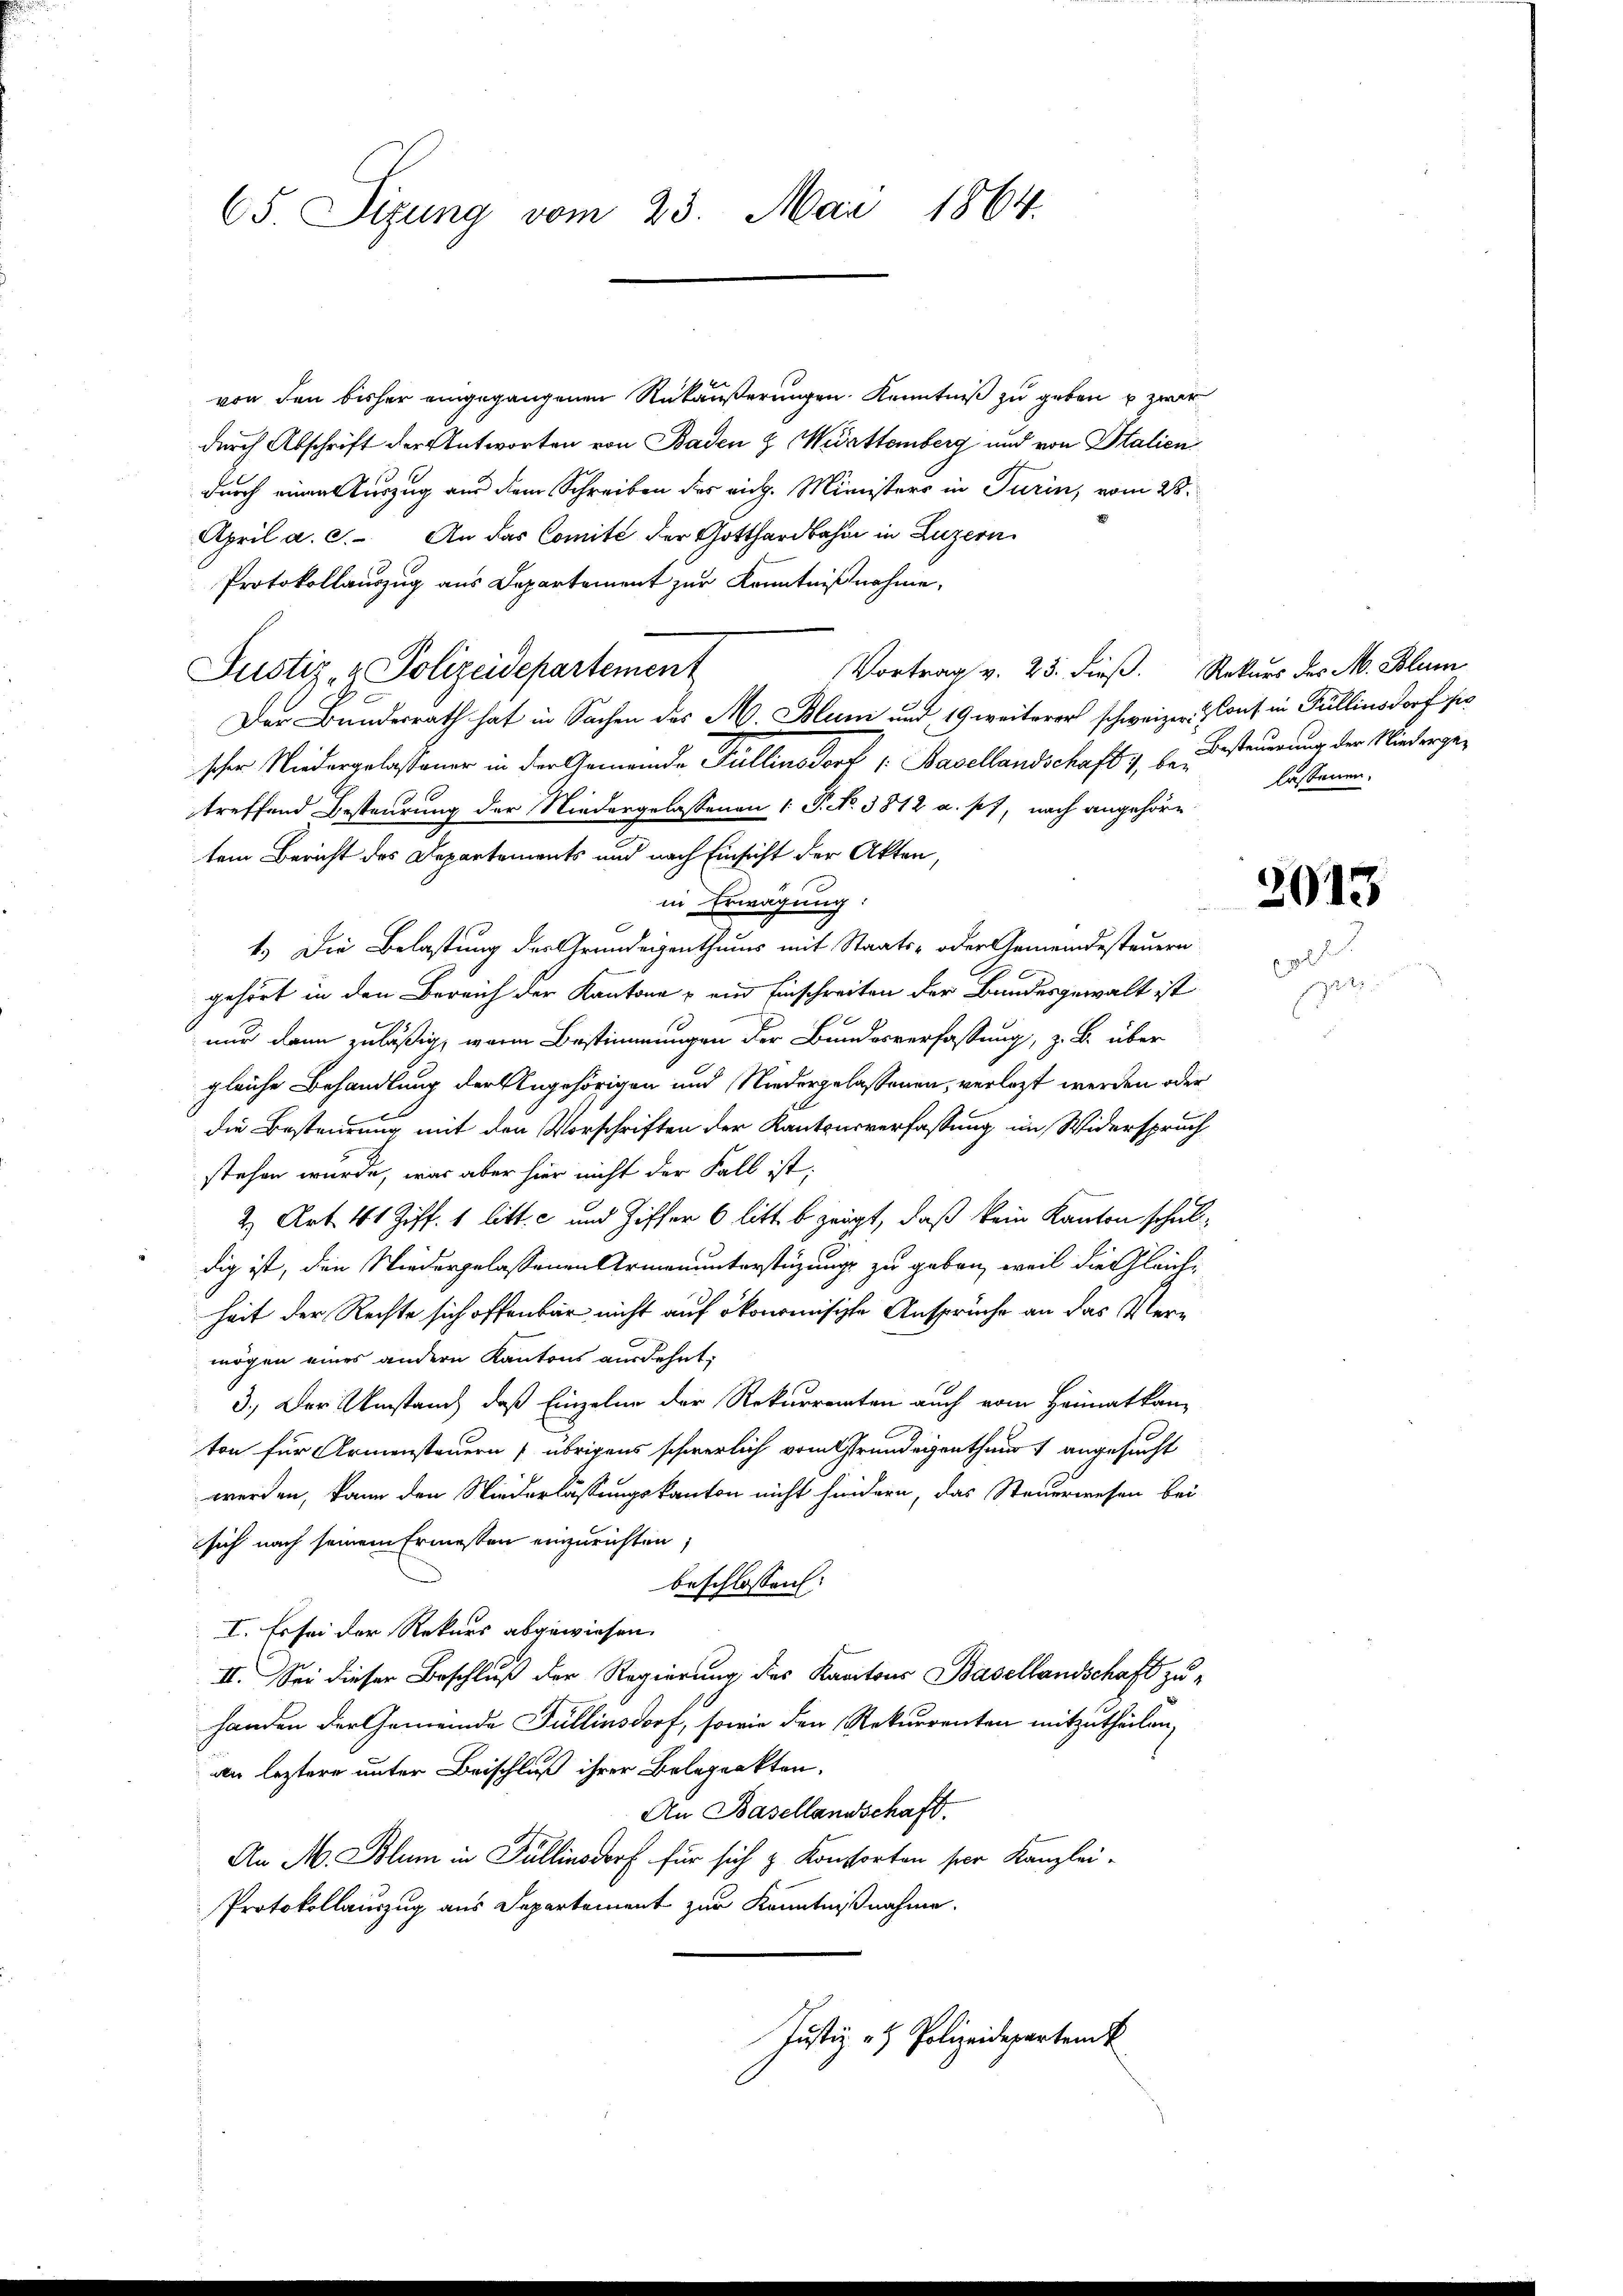
65. Sizung vom 23. Mai 1864.

von den bisher eingegangenen Rükäußerungen Kenntniß zu geben u zwar
durch Abschrift der Antworten von Baden & Württemberg und von Italien
durch einen Auszug aus dem Schreiben das rich. Ministers in Turin, vom 28.
April a. c. An das Comité der Gotthardbahn in Luzern
Protokollauszug aus Departement zur Kenntnißnahme,
Vortrag v. 23. dieß. Rekurs des M. Blum
Justiz- & Polizeidepartement
Der Bundesrath hat in Sachen des M. Blum und 19 weiterer schweizer. Conf in Fullinsdorf sie
scher Niedergelassener in der Gemeinde Fullins Dorf (Basellandschaft 1, Er besteuerung der Niedergetreffend Besteurung der Niedergelassenen 1 P. No. 3812 a. p.), nach angehöre
tem Bericht des Departements und nach Einsicht der Akten,
in Erwägung:
4.) Die Belastung des Grundeigenthums mit Staats- oder Gemeindesteuern
gehört in den Bereich der Kantone ein Einschreiten der Bundesgewalt ist
nur dann zuläßig, waren Bestimmungen der Bundesverfassung, z. B. über
gleiche Behandlung der Angehörigen und Niedergelassenen, verlezt werden oder
die Besteurung mit den Vorschriften der Kantonsverfassung im Widerspruch
stehen wurde, was aber hier nicht der Fall ist.
2 Art. 41 Ziff. 1 litt. c und Ziffer 6 litt. b zeigt, daß kein Kanton schuldig ist, den Wiedergelassenen Armenunterstüzungs zu geben, weil die Gleichheit der Rechte sich offenbar nicht auf ökonomisische Ansprüche an das Vermögen eines andern Kantons ausdehnt;
3.) Der Umstand, daß Einzelne der Rekurrenten auch vom Heimatkan
ton für Armensteuern übrigens schwerlich vom Grundeigenthum angesucht
werden, kann den Niederlassungskanton nicht hindern, das Steuerwesen bei
sich nach seinem Ermessen einzurichten,
beschlossen:
I. Es sei der Rekurs abgewiesen.
II. Sei dieser Beschluß der Regierung des Kantons Basellandschaft zuhanden der Gemeinde Fullinsdorf, sowie den Rekurrenten mitzutheilen,
an leztere unter Beischluß ihrer Belaprakten.
An Basellandschaft.
An M. Blum in Fullinsdorf für sich z. Konstorten per Kanzlei-
Protokollauszug aus Departement zur Kenntnißnahme.
Justiz- & Polizeidepartem

lassenen.

2013

80
1834.